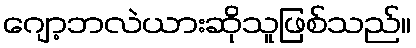
ဂျော့ဘလဲယားဆိုသူဖြစ်သည်။